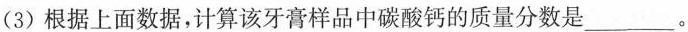
(3)根据上面数据，计算该牙膏样品中碳酸钙的质量分数是___。